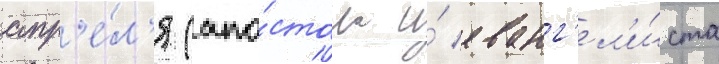
апр'е́л'я (апо́стола и́ еванг'ел'и́ста